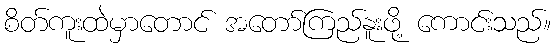
စိတ်ကူးထဲမှာတောင် အတော်ကြည်နူးဖို့ ကောင်းသည်။